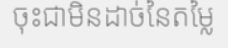
ចុះជាមិនដាច់នៃតម្លៃ